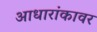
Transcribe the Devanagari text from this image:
आधारांकावर